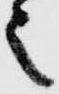
之